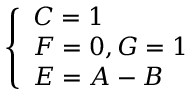
\left\{ \begin{array} { l l } { C = 1 } \\ { F = 0 , G = 1 } \\ { E = A - B } \end{array} \right.